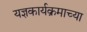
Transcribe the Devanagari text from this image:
यज्ञकार्यक्रमाच्या